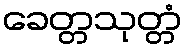
ခေတ္တသုတ္တံ